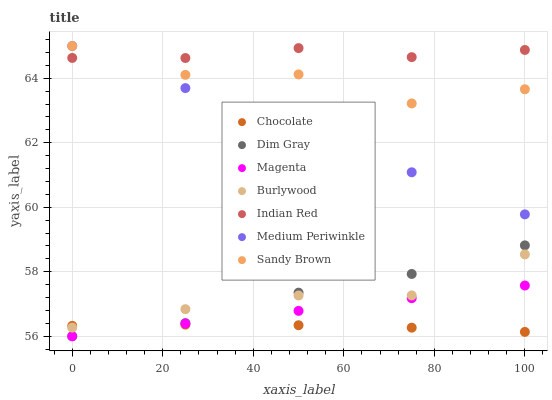
| xaxis_label | Chocolate | Dim Gray | Magenta | Burlywood | Indian Red | Medium Periwinkle | Sandy Brown |
 | --- | --- | --- | --- | --- | --- | --- | --- |
 | 0 | 56.3 | 56 | 56 | 56.3 | 64.6 | 65 | 65 |
 | 25 | 56.4 | 56.4 | 56.4 | 56.8 | 64.6 | 63.7 | 64.1 |
 | 50 | 56.3 | 57.4 | 56.8 | 57.3 | 64.9 | 62.4 | 64.1 |
 | 75 | 56.3 | 57.9 | 57.2 | 57.3 | 64.7 | 61.1 | 63.2 |
 | 100 | 56.1 | 58.8 | 57.6 | 58.5 | 64.9 | 59.8 | 63.7 |